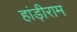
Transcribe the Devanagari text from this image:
हांड़ीराम